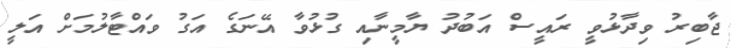
ޖާބިރު ވިދާޅުވީ ރައީސް އަބުދު ޔާމީނާއި ގުޅުވާ އޭނަގެ އަގު ވައްޓާލުމަށް އަލީ